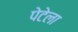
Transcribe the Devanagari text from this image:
पेटेला